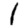
Digit: 1